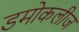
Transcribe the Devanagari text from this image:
डमोकलीज